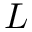
L